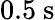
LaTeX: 0.5~\mathrm{s}